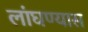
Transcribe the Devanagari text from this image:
लांघण्यास